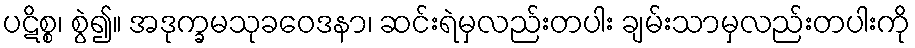
ပဋိစ္စ၊ စွဲ၍။ အဒုက္ခမသုခဝေဒနာ၊ ဆင်းရဲမှလည်းတပါး ချမ်းသာမှလည်းတပါးကို